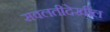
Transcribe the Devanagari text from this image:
सवलतीदेखील